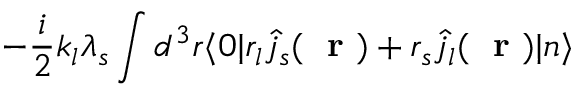
- \frac { i } { 2 } k _ { l } \lambda _ { s } \int d ^ { 3 } r \langle 0 | r _ { l } \hat { j } _ { s } ( \mathrm { ~ \bf ~ r ~ } ) + r _ { s } \hat { j } _ { l } ( \mathrm { ~ \bf ~ r ~ } ) | n \rangle